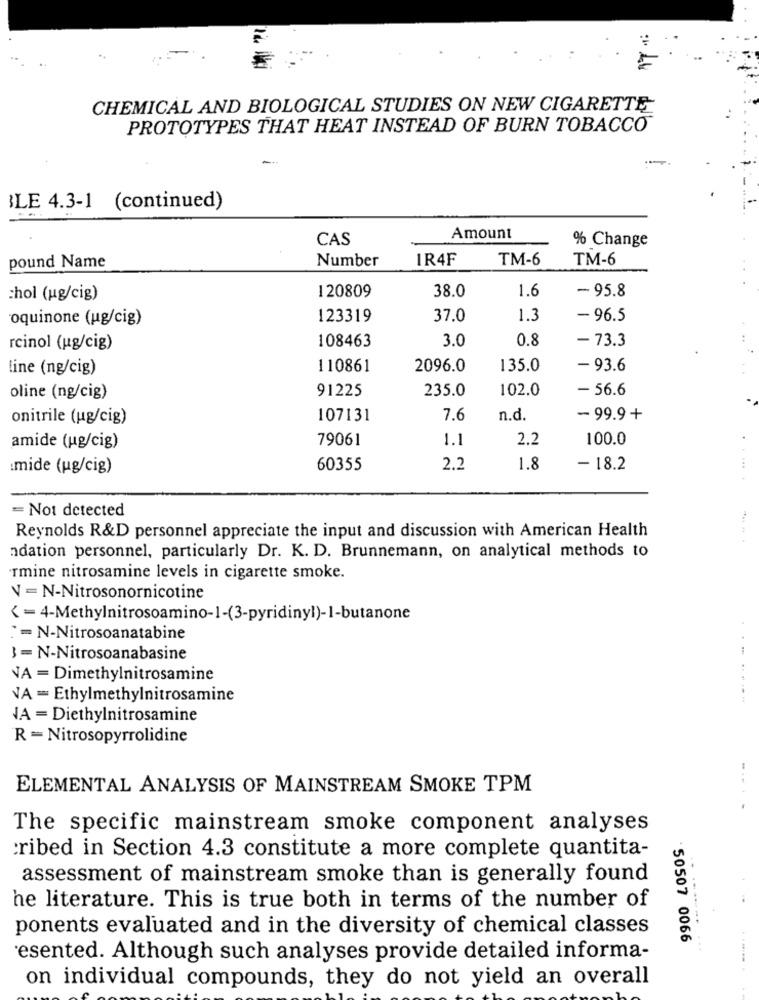
CHEMICAL AND BIOLOGICAL STUDIES ON NEW CIGARETTE
PROTOTYPES THAT HEAT INSTEAD OF BURN TOBACCO
BLE 4.3-1 (continued)
CAS
Amount
% Change
Number
IR4F
TM-6
TM-6
pound Name
120809
38.0
1.6
-95.8
chol (ug/cig)
oquinone (ug/cig)
123319
37.0
1.3
- 96.5
108463
3.0
0.8
-73.3
rcinol (ug/cig)
line (ng/cig)
110861
2096.0
135.0
- 93.6
91225
235.0
102.0
- 56.6
oline (ng/cig)
onitrile (ug/cig)
107131
7.6
n.d.
-99.9+
79061
1.1
2.2
100.0
amide (ug/cig)
:mide (ug/cig)
60355
2.2
1.8
- 18.2
...
= Not detected
Reynolds R&D personnel appreciate the input and discussion with American Health
ndation personnel, particularly Dr. K. D. Brunnemann, on analytical methods to
rmine nitrosamine levels in cigarette smoke.
V = N-Nitrosonornicotine
< = 4-Methylnitrosoamino-1-(3-pyridinyl)-1-butanone
:- N-Nitrosoanatabine
3 - N-Nitrosoanabasine
VA = Dimethylnitrosamine
VA - Ethylmethylnitrosamine
A = Diethylnitrosamine
R = Nitrosopyrrolidine
ELEMENTAL ANALYSIS OF MAINSTREAM SMOKE TPM
....
The specific mainstream smoke component analyses
cribed in Section 4.3 constitute a more complete quantita-
assessment of mainstream smoke than is generally found
he literature. This is true both in terms of the number of
ponents evaluated and in the diversity of chemical classes
50507 0066
esented. Although such analyses provide detailed informa-
on individual compounds, they do not yield an overall